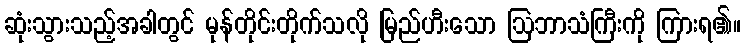
ဆုံးသွားသည့်အခါတွင် မုန်တိုင်းတိုက်သလို မြည်ဟီးသော ဩဘာသံကြီးကို ကြားရ၏။